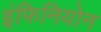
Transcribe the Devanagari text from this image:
इंफिनियोन